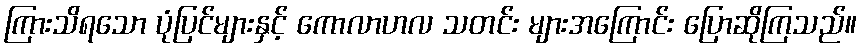
ကြားသိရသော ပုံပြင်များနှင့် ကောလာဟလ သတင်း များအကြောင်း ပြောဆိုကြသည်။